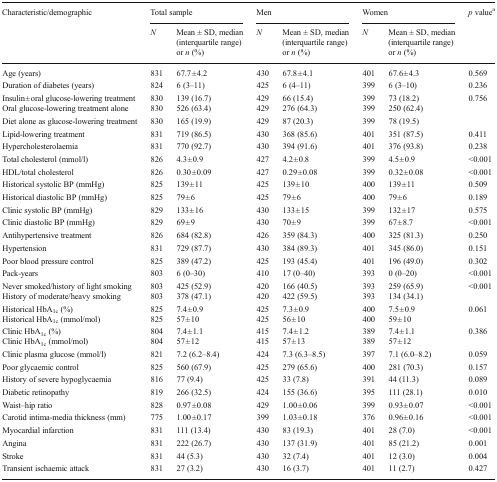
<table><thead><tr><td rowspan="2"><b>Characteristic/demographic</b></td><td colspan="2"><b>Total sample</b></td><td colspan="2"><b>Men</b></td><td colspan="2"><b>Women</b></td><td rowspan="2"><b><i>p</i> value<sup>a</sup></b></td></tr><tr><td><b><i>N</i></b></td><td><b>Mean ± SD, median (interquartile range) or <i>n</i> (%)</b></td><td><b><i>N</i></b></td><td><b>Mean ± SD, median (interquartile range) or <i>n</i> (%)</b></td><td><b><i>N</i></b></td><td><b>Mean ± SD, median (interquartile range) or <i>n</i> (%)</b></td></tr></thead><tbody><tr><td>Age (years)</td><td>831</td><td>67.7 ± 4.2</td><td>430</td><td>67.8 ± 4.1</td><td>401</td><td>67.6 ± 4.3</td><td>0.569</td></tr><tr><td>Duration of diabetes (years)</td><td>824</td><td>6 (3–11)</td><td>425</td><td>6 (4–11)</td><td>399</td><td>6 (3–10)</td><td>0.236</td></tr><tr><td>Insulin ± oral glucose-lowering treatment</td><td>830</td><td>139 (16.7)</td><td>429</td><td>66 (15.4)</td><td>399</td><td>73 (18.2)</td><td rowspan="3">0.756</td></tr><tr><td>Oral glucose-lowering treatment alone</td><td>830</td><td>526 (63.4)</td><td>429</td><td>276 (64.3)</td><td>399</td><td>250 (62.4)</td></tr><tr><td>Diet alone as glucose-lowering treatment</td><td>830</td><td>165 (19.9)</td><td>429</td><td>87 (20.3)</td><td>399</td><td>78 (19.5)</td></tr><tr><td>Lipid-lowering treatment</td><td>831</td><td>719 (86.5)</td><td>430</td><td>368 (85.6)</td><td>401</td><td>351 (87.5)</td><td>0.411</td></tr><tr><td>Hypercholesterolaemia</td><td>831</td><td>770 (92.7)</td><td>430</td><td>394 (91.6)</td><td>401</td><td>376 (93.8)</td><td>0.238</td></tr><tr><td>Total cholesterol (mmol/l)</td><td>826</td><td>4.3 ± 0.9</td><td>427</td><td>4.2 ± 0.8</td><td>399</td><td>4.5 ± 0.9</td><td>&lt;0.001</td></tr><tr><td>HDL/total cholesterol</td><td>826</td><td>0.30 ± 0.09</td><td>427</td><td>0.29 ± 0.08</td><td>399</td><td>0.32 ± 0.08</td><td>&lt;0.001</td></tr><tr><td>Historical systolic BP (mmHg)</td><td>825</td><td>139 ± 11</td><td>425</td><td>139 ± 10</td><td>400</td><td>139 ± 11</td><td>0.509</td></tr><tr><td>Historical diastolic BP (mmHg)</td><td>825</td><td>79 ± 6</td><td>425</td><td>79 ± 6</td><td>400</td><td>79 ± 6</td><td>0.189</td></tr><tr><td>Clinic systolic BP (mmHg)</td><td>829</td><td>133 ± 16</td><td>430</td><td>133 ± 15</td><td>399</td><td>132 ± 17</td><td>0.575</td></tr><tr><td>Clinic diastolic BP (mmHg)</td><td>829</td><td>69 ± 9</td><td>430</td><td>70 ± 9</td><td>399</td><td>67 ± 8.7</td><td>&lt;0.001</td></tr><tr><td>Antihypertensive treatment</td><td>826</td><td>684 (82.8)</td><td>426</td><td>359 (84.3)</td><td>400</td><td>325 (81.3)</td><td>0.250</td></tr><tr><td>Hypertension</td><td>831</td><td>729 (87.7)</td><td>430</td><td>384 (89.3)</td><td>401</td><td>345 (86.0)</td><td>0.151</td></tr><tr><td>Poor blood pressure control</td><td>825</td><td>389 (47.2)</td><td>425</td><td>193 (45.4)</td><td>401</td><td>196 (49.0)</td><td>0.302</td></tr><tr><td>Pack-years</td><td>803</td><td>6 (0–30)</td><td>410</td><td>17 (0–40)</td><td>393</td><td>0 (0–20)</td><td>&lt;0.001</td></tr><tr><td>Never smoked/history of light smoking</td><td>803</td><td>425 (52.9)</td><td>420</td><td>166 (40.5)</td><td>393</td><td>259 (65.9)</td><td rowspan="2">&lt;0.001</td></tr><tr><td>History of moderate/heavy smoking</td><td>803</td><td>378 (47.1)</td><td>420</td><td>422 (59.5)</td><td>393</td><td>134 (34.1)</td></tr><tr><td>Historical HbA<sub>1c</sub> (%)</td><td>825</td><td>7.4 ± 0.9</td><td>425</td><td>7.3 ± 0.9</td><td>400</td><td>7.5 ± 0.9</td><td rowspan="2">0.061</td></tr><tr><td>Historical HbA<sub>1c</sub> (mmol/mol)</td><td>825</td><td>57 ± 10</td><td>425</td><td>56 ± 10</td><td>400</td><td>59 ± 10</td></tr><tr><td>Clinic HbA<sub>1c</sub> (%)</td><td>804</td><td>7.4 ± 1.1</td><td>415</td><td>7.4 ± 1.2</td><td>389</td><td>7.4 ± 1.1</td><td rowspan="2">0.386</td></tr><tr><td>Clinic HbA<sub>1c</sub> (mmol/mol)</td><td>804</td><td>57 ± 12</td><td>415</td><td>57 ± 13</td><td>389</td><td>57 ± 12</td></tr><tr><td>Clinic plasma glucose (mmol/l)</td><td>821</td><td>7.2 (6.2–8.4)</td><td>424</td><td>7.3 (6.3–8.5)</td><td>397</td><td>7.1 (6.0–8.2)</td><td>0.059</td></tr><tr><td>Poor glycaemic control</td><td>825</td><td>560 (67.9)</td><td>425</td><td>279 (65.6)</td><td>400</td><td>281 (70.3)</td><td>0.157</td></tr><tr><td>History of severe hypoglycaemia</td><td>816</td><td>77 (9.4)</td><td>425</td><td>33 (7.8)</td><td>391</td><td>44 (11.3)</td><td>0.089</td></tr><tr><td>Diabetic retinopathy</td><td>819</td><td>266 (32.5)</td><td>424</td><td>155 (36.6)</td><td>395</td><td>111 (28.1)</td><td>0.010</td></tr><tr><td>Waist–hip ratio</td><td>828</td><td>0.97 ± 0.08</td><td>429</td><td>1.00 ± 0.06</td><td>399</td><td>0.93 ± 0.07</td><td>&lt;0.001</td></tr><tr><td>Carotid intima-media thickness (mm)</td><td>775</td><td>1.00 ± 0.17</td><td>399</td><td>1.03 ± 0.18</td><td>376</td><td>0.96 ± 0.16</td><td>&lt;0.001</td></tr><tr><td>Myocardial infarction</td><td>831</td><td>111 (13.4)</td><td>430</td><td>83 (19.3)</td><td>401</td><td>28 (7.0)</td><td>&lt;0.001</td></tr><tr><td>Angina</td><td>831</td><td>222 (26.7)</td><td>430</td><td>137 (31.9)</td><td>401</td><td>85 (21.2)</td><td>0.001</td></tr><tr><td>Stroke</td><td>831</td><td>44 (5.3)</td><td>430</td><td>32 (7.4)</td><td>401</td><td>12 (3.0)</td><td>0.004</td></tr><tr><td>Transient ischaemic attack</td><td>831</td><td>27 (3.2)</td><td>430</td><td>16 (3.7)</td><td>401</td><td>11 (2.7)</td><td>0.427</td></tr></tbody></table>